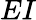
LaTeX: EI